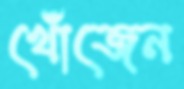
খোঁজেন